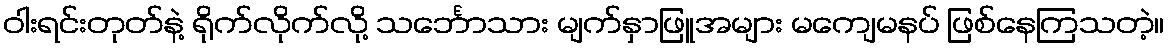
ဝါးရင်းတုတ်နဲ့ ရိုက်လိုက်လို့ သင်္ဘောသား မျက်နှာဖြူအများ မကျေမနပ် ဖြစ်နေကြသတဲ့။